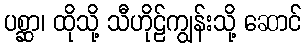
ပစ္ဆာ၊ ထိုသို့ သီဟိုဠ်ကျွန်းသို့ ဆောင်